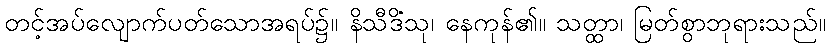
တင့်အပ်လျောက်ပတ်သောအရပ်၌။ နိသီဒိံသု၊ နေကုန်၏။ သတ္ထာ၊ မြတ်စွာဘုရားသည်။